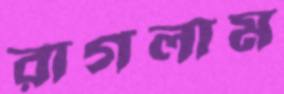
রাগলাম